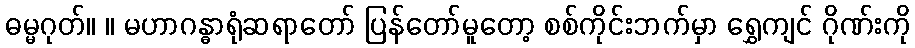
ဓမ္မဂုတ်။ ။ မဟာဂန္ဓာရုံဆရာတော် ပြန်တော်မူတော့ စစ်ကိုင်းဘက်မှာ ရွှေကျင် ဂိုဏ်းကို